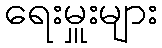
ရေးမှူးများ